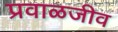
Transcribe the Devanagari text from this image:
प्रवाळजीव